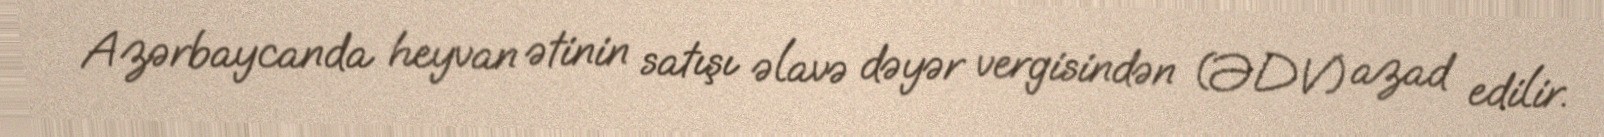
Azərbaycanda heyvan ətinin satışı əlavə dəyər vergisindən (ƏDV) azad edilir.